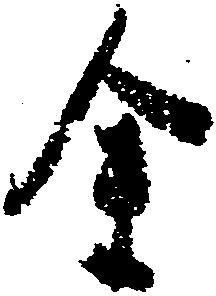
余